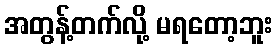
အတွန့်တက်လို့ မရတော့ဘူး